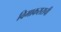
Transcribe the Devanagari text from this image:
विमाकराराची